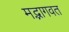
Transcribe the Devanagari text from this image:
मद्भागवत